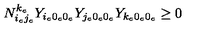
N _ { i _ { e } j _ { e } } ^ { k _ { e } } Y _ { i _ { e } 0 _ { e } 0 _ { e } } Y _ { j _ { e } 0 _ { e } 0 _ { e } } Y _ { k _ { e } 0 _ { e } 0 _ { e } } \geq 0